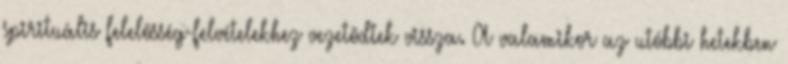
spirituális felelõsség-felvételekhez vezetõdtek vissza. A valamikor az utóbbi hetekben